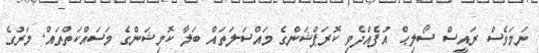
ނަމަވެސް ރައީސް ސޯލިޙް އުފެއްދެވި ކޮރަޕްޝަންގެ މައްސަލަތައް ބަލާ ކޮމިޝަންގެ މަސައްކަތްތައް